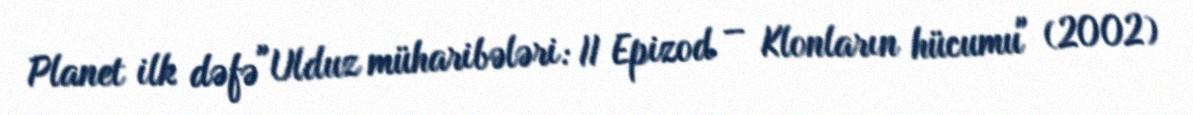
Planet ilk dəfə "Ulduz müharibələri: II Epizod – Klonların hücumu" (2002)